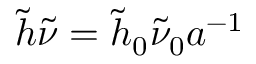
\tilde { h } \tilde { \nu } = \tilde { h } _ { 0 } \tilde { \nu } _ { 0 } a ^ { - 1 }